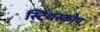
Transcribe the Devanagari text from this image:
स्टिथस्कोप